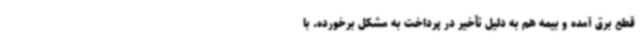
قطع برق آمده و بیمه هم به دلیل تأخیر در پرداخت به مشکل برخورده. با